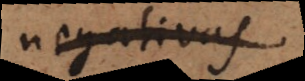
negativas